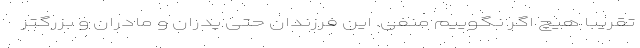
تقریباً هیچ اگر نگوییم منفی. این فرزندان حتی پدران و مادران و بزرگتر